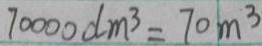
7 0 0 0 0 d m ^ { 3 } = 7 0 m ^ { 3 }